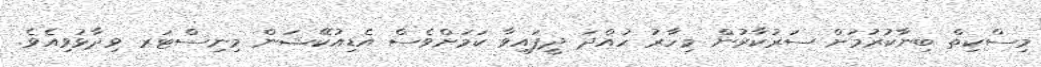
މިސްކިތް ބިނާކުރުމަށް ސަރުކާރުން މިހާރު ހުއްދަ ދީފައިވާ ކަމަށްވެސް އެޑިއުކޭޝަން މިނިސްޓަރ ވިދާޅުވިއެވެ.